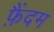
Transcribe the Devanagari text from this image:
फ़ैंदम